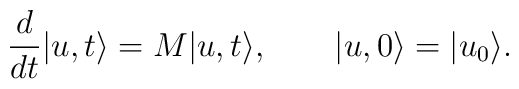
\frac{d}{dt}|u,t\rangle = M|u,t\rangle,\qquad|u,0\rangle=|u_0\rangle.